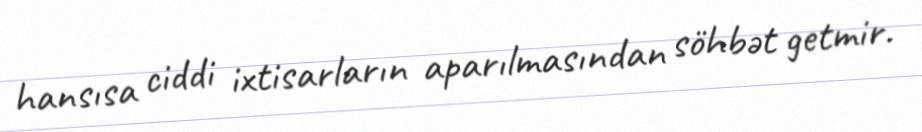
hansısa ciddi ixtisarların aparılmasından söhbət getmir.